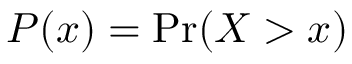
P ( x ) = \mathrm { P r } ( X > x )